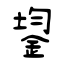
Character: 鋆